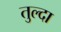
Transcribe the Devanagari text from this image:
तुल्दा